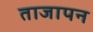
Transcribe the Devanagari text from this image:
ताजापन